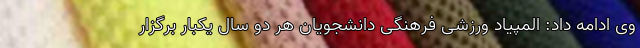
وی ادامه داد: المپیاد ورزشی فرهنگی دانشجویان هر دو سال یکبار برگزار